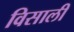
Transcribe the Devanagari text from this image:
विसाली